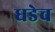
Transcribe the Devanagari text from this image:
धडेच